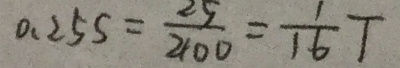
0 . 2 5 s = \frac { 2 5 } { 2 1 0 0 } = \frac { 1 } { 1 6 } T